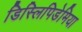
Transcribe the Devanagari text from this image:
डिस्लिपिडेमिया